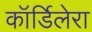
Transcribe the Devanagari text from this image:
कॉर्डिलेरा